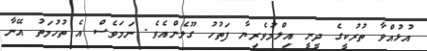
އުޅުއްވާ ތުރުކީގެ ދީނީ އިލްމުވެރިޔާ ފަތުހު ގޫލެންއެވެ. ނަމަވެސް އެ ތުހުމަތު އޭނާ